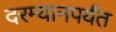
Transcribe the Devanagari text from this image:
दरम्यानपर्यंत